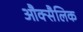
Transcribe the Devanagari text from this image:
औक्सैलिक